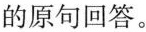
的原句回答。